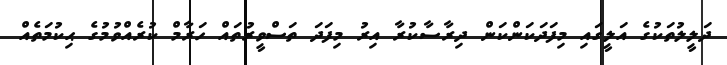
ދަލީލުތަކުގެ އަލީގައި މިފަދަކަންކަން ދިރާސާކުރާ އިރު މިފަދަ ތަސްވީރުތައް ހަރާމް ކުރެއްވުމުގެ ޙިކުމަތެއް